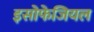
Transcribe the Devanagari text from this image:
इसोफेजियल